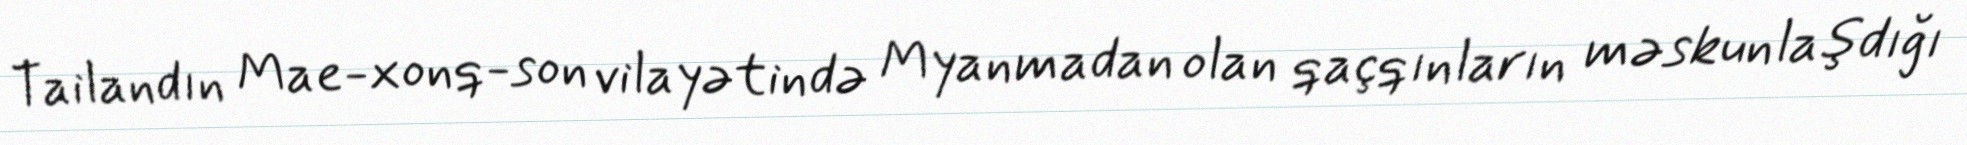
Tailandın Mae-xonq-son vilayətində Myanmadan olan qaçqınların məskunlaşdığı